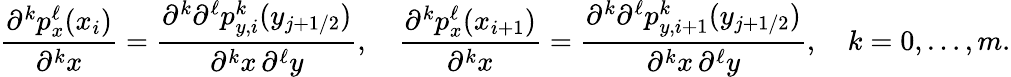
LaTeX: \frac{\partial^{k}p_{x}^{\ell}(x_{i})}{\partial^{k}x}=\frac{\partial^{k}\partial^{\ell}p_{y,i}^{k}(y_{j+1/2})}{\partial^{k}x\, \partial^{\ell}y},\quad\frac{\partial^{k}p_{x}^{\ell}(x_{i+1})}{\partial^{k}x}=\frac{\partial^{k}\partial^{\ell}p_{y,i+1}^{k}(y_{j+1/2})}{\partial^{k}x\, \partial^{\ell}y},\quad k=0,\dots,m.